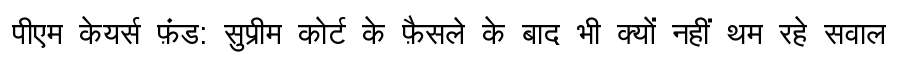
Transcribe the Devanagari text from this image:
पीएम केयर्स फ़ंड: सुप्रीम कोर्ट के फ़ैसले के बाद भी क्यों नहीं थम रहे सवाल